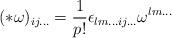
LaTeX: \begin{align*}(*\omega )_{ij...} =\frac{1}{p!}\epsilon_{lm...ij...} \omega^{lm...}\end{align*}